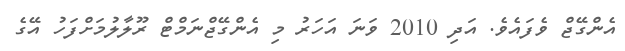
އެންގޭޖް ވެފައެވެ. އަދި 2010 ވަނަ އަހަރު މި އެންގޭޖްނަމްޓް ރޫލާލުމަށްފަހު އޭގެ